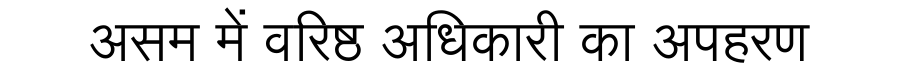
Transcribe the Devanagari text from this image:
असम में वरिष्ठ अधिकारी का अपहरण